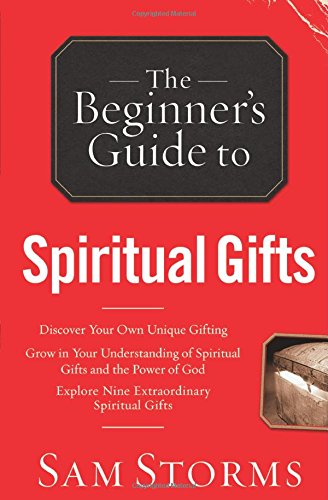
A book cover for The Beginner's Guide to Spiritual Gifts; Sam Storms; Christian Books & Bibles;